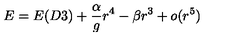
E = E ( D 3 ) + \frac { \alpha } { g } r ^ { 4 } - \beta r ^ { 3 } + o ( r ^ { 5 } )